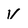
Character: v